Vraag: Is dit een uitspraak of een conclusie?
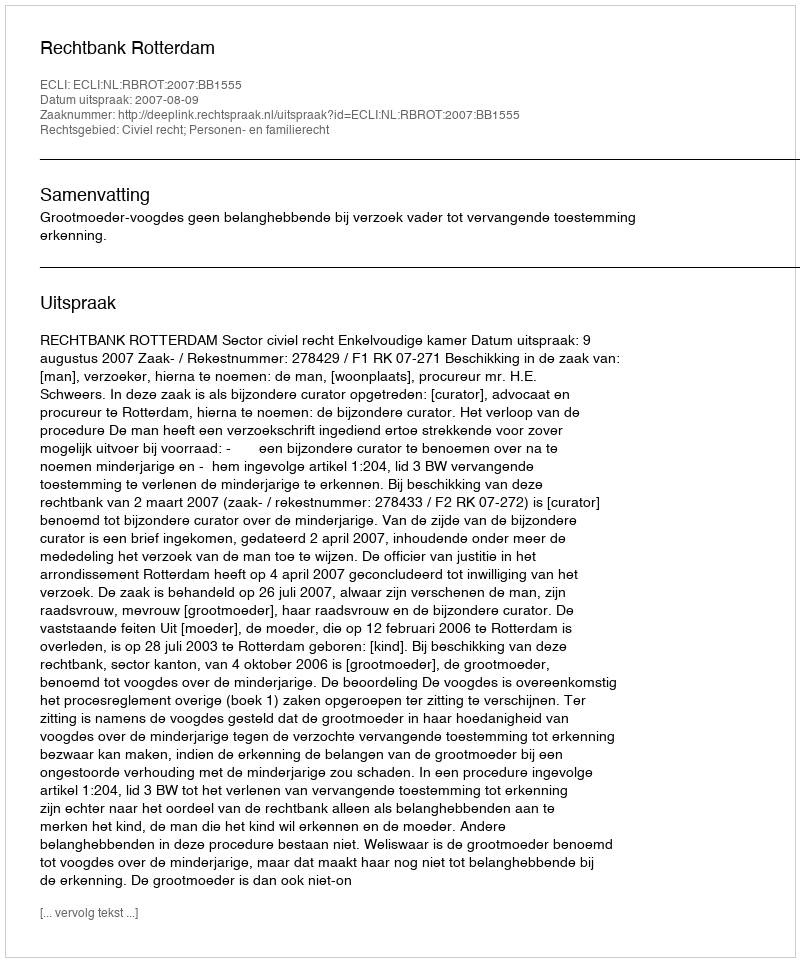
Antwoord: Uitspraak